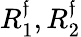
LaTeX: R_{1}^{\mathfrak{f}},R_{2}^{\mathfrak{f}}